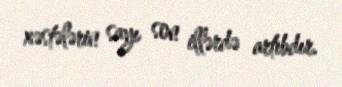
xəstələrin sayı son illərdə artıbdır.